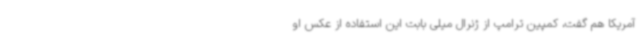
آمریکا هم گفت، کمپین ترامپ از ژنرال میلی بابت این استفاده از عکس او